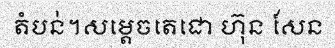
តំបន់។សម្តេចតេជោ ហ៊ុន សែន